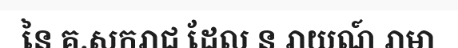
នៃ គ.សករាជ ដែល ន រាយណ៍ រាមា